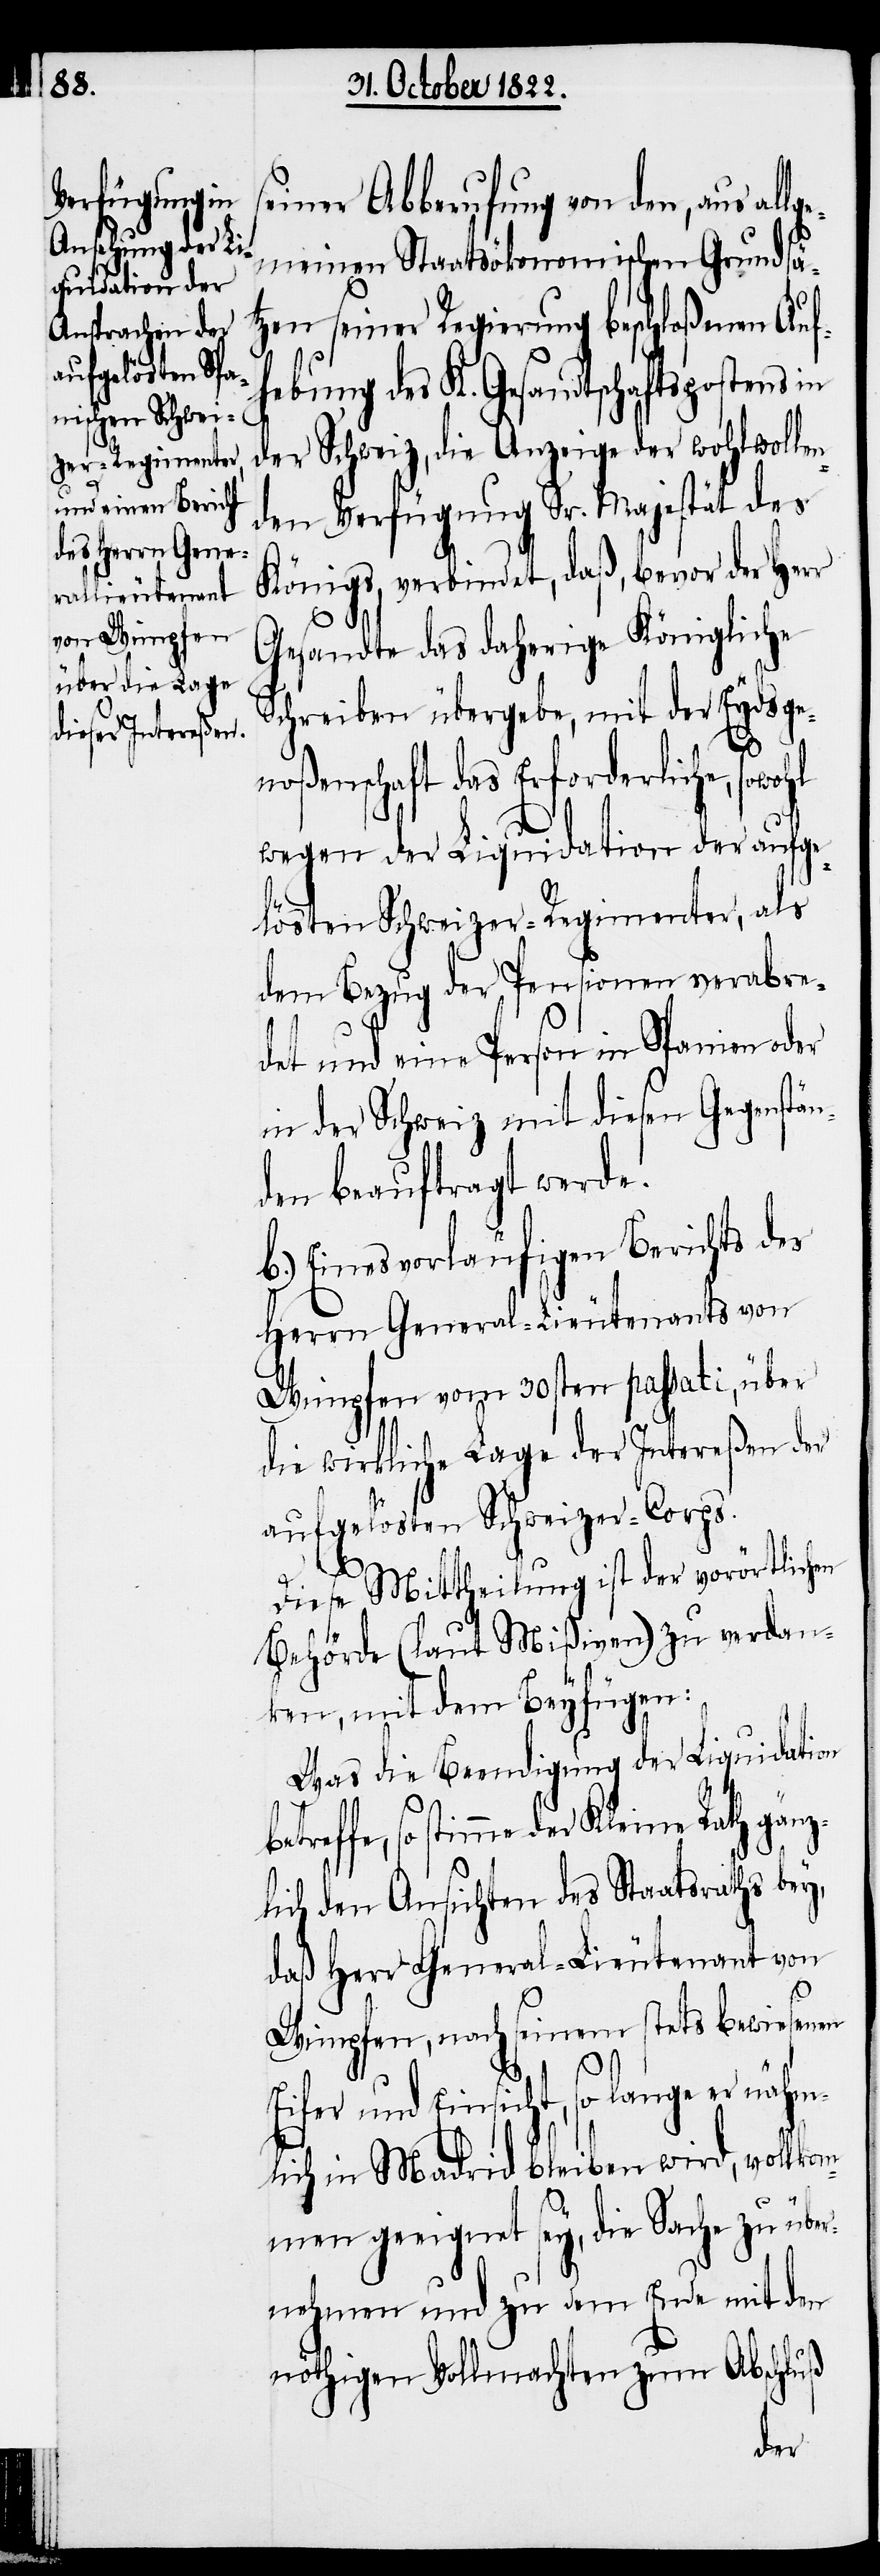
einer Abberufung von den, aus all¬
meinen Staatsökonomischen Grundsät¬
zen seiner Regierung beschloßenen Auf¬
hebung des K. Gesandtschaftspostens in
der Schweiz, die Anzeige der wohlwolle¬
nden Verfügung Sr. Majestät des
Königs, verbindet, daß, bevor der Herr
ge¬
Gesandte das daherige Königliche
Schreiben übergebe, mit der Eydsge¬
noßenschaft das Erforderliche, sowohl
wegen der Liquidation der aufge¬
lösten Schweizer-Regimenter, als
dem Bezug der Pensionen verabre¬
det und eine Person in Spanien oder
in der Schweiz mit diesen Gegenstän¬
den beauftragt werde.
b.) Eines vorläufigen Berichts des
Herrn General-Lieutenants von
Wimpfen vom 30sten passati, über
die wirkliche Lage der Intereßen des
aufgelösten Schweizer-Corps.
Diese Mittheilung ist der vorörtlichen
Behörde (laut Mißiven) zu verdan¬
ken, mit dem Beyfügen:
Was die Beendigung der Liquidation
b¬
etreffe, so stimme der Kleine Rath gänz¬
lich den Ansichten des Staatsraths bey,
daß Herr General-Lieutenant von
Wimpfen, nach seinem stets bewiesenen
Eifer und Einsicht, so lange er nähm¬
lich in Madrid bleiben wird, vollk¬
ommen geeignet sey, die Sache zu über¬
nehmen und zu dem Ende mit den
nöthigen Vollmachten zum Abschluß